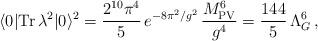
LaTeX: \begin{align*}\langle 0|{\rm Tr}\,\lambda^2|0\rangle^2= \frac{2^{10}\pi^4}{5}\,e^{-8\pi^2/g^2}\,\frac{M_{\rm PV}^6}{g^4}=\frac{144}{5}\,\Lambda_G^6\,,\end{align*}